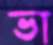
ভা